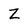
Character: Z